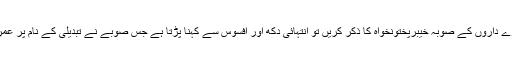
دوسری جانب زچہ بچہ کی نگہداشت کے حوالے سے تبدیلی کے دعوے داروں کے صوبہ خیبرپختونخواہ کا ذکر کریں تو انتہائی دُکھ اور افسوس سے کہنا پڑتا ہے جس صوبے نے تبدیلی کے نام پر عمران خان پر اپنے اعتماد کا اظہار کیا اُن کا کوئی بھی پُرسانِ حال نہیں۔